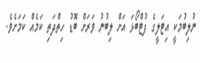
ނުލިބުމަކީ އިޓަލީގެ ފުޓްބޯޅަ އަށް ލިބުނު ވަރަށް ބޮޑު ހިތްދަތި ކަމެއް ކަމަށެވެ.